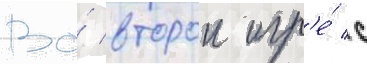
Во́ второи игр'е́ с